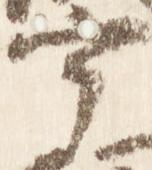
宰